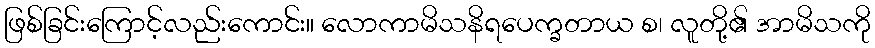
ဖြစ်ခြင်းကြောင့်လည်းကောင်း။ လောကာမိသနိရပေက္ခတာယ စ၊ လူတို့၏ အာမိသကို